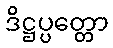
ဒိဋ္ဌပ္ပတ္တော